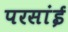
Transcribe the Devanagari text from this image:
परसांई